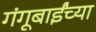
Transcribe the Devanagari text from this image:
गंगूबाईंच्या